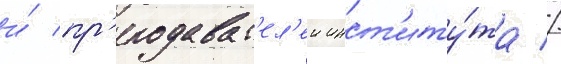
и́ пр'еподават'ел'еи инст'иту́та //